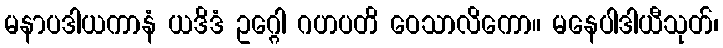
မနာပဒါယကာနံ ယဒိဒံ ဥဂ္ဂေါ ဂဟပတိ ဝေသာလိကော။ မနေပါဒါယီသုတ်၊